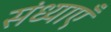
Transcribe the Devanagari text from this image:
संध्याएँ